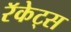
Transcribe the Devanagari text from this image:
रॅकेट्स